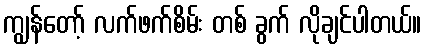
ကျွန်တော့် လက်ဖက်စိမ်း တစ် ခွက် လိုချင်ပါတယ်။